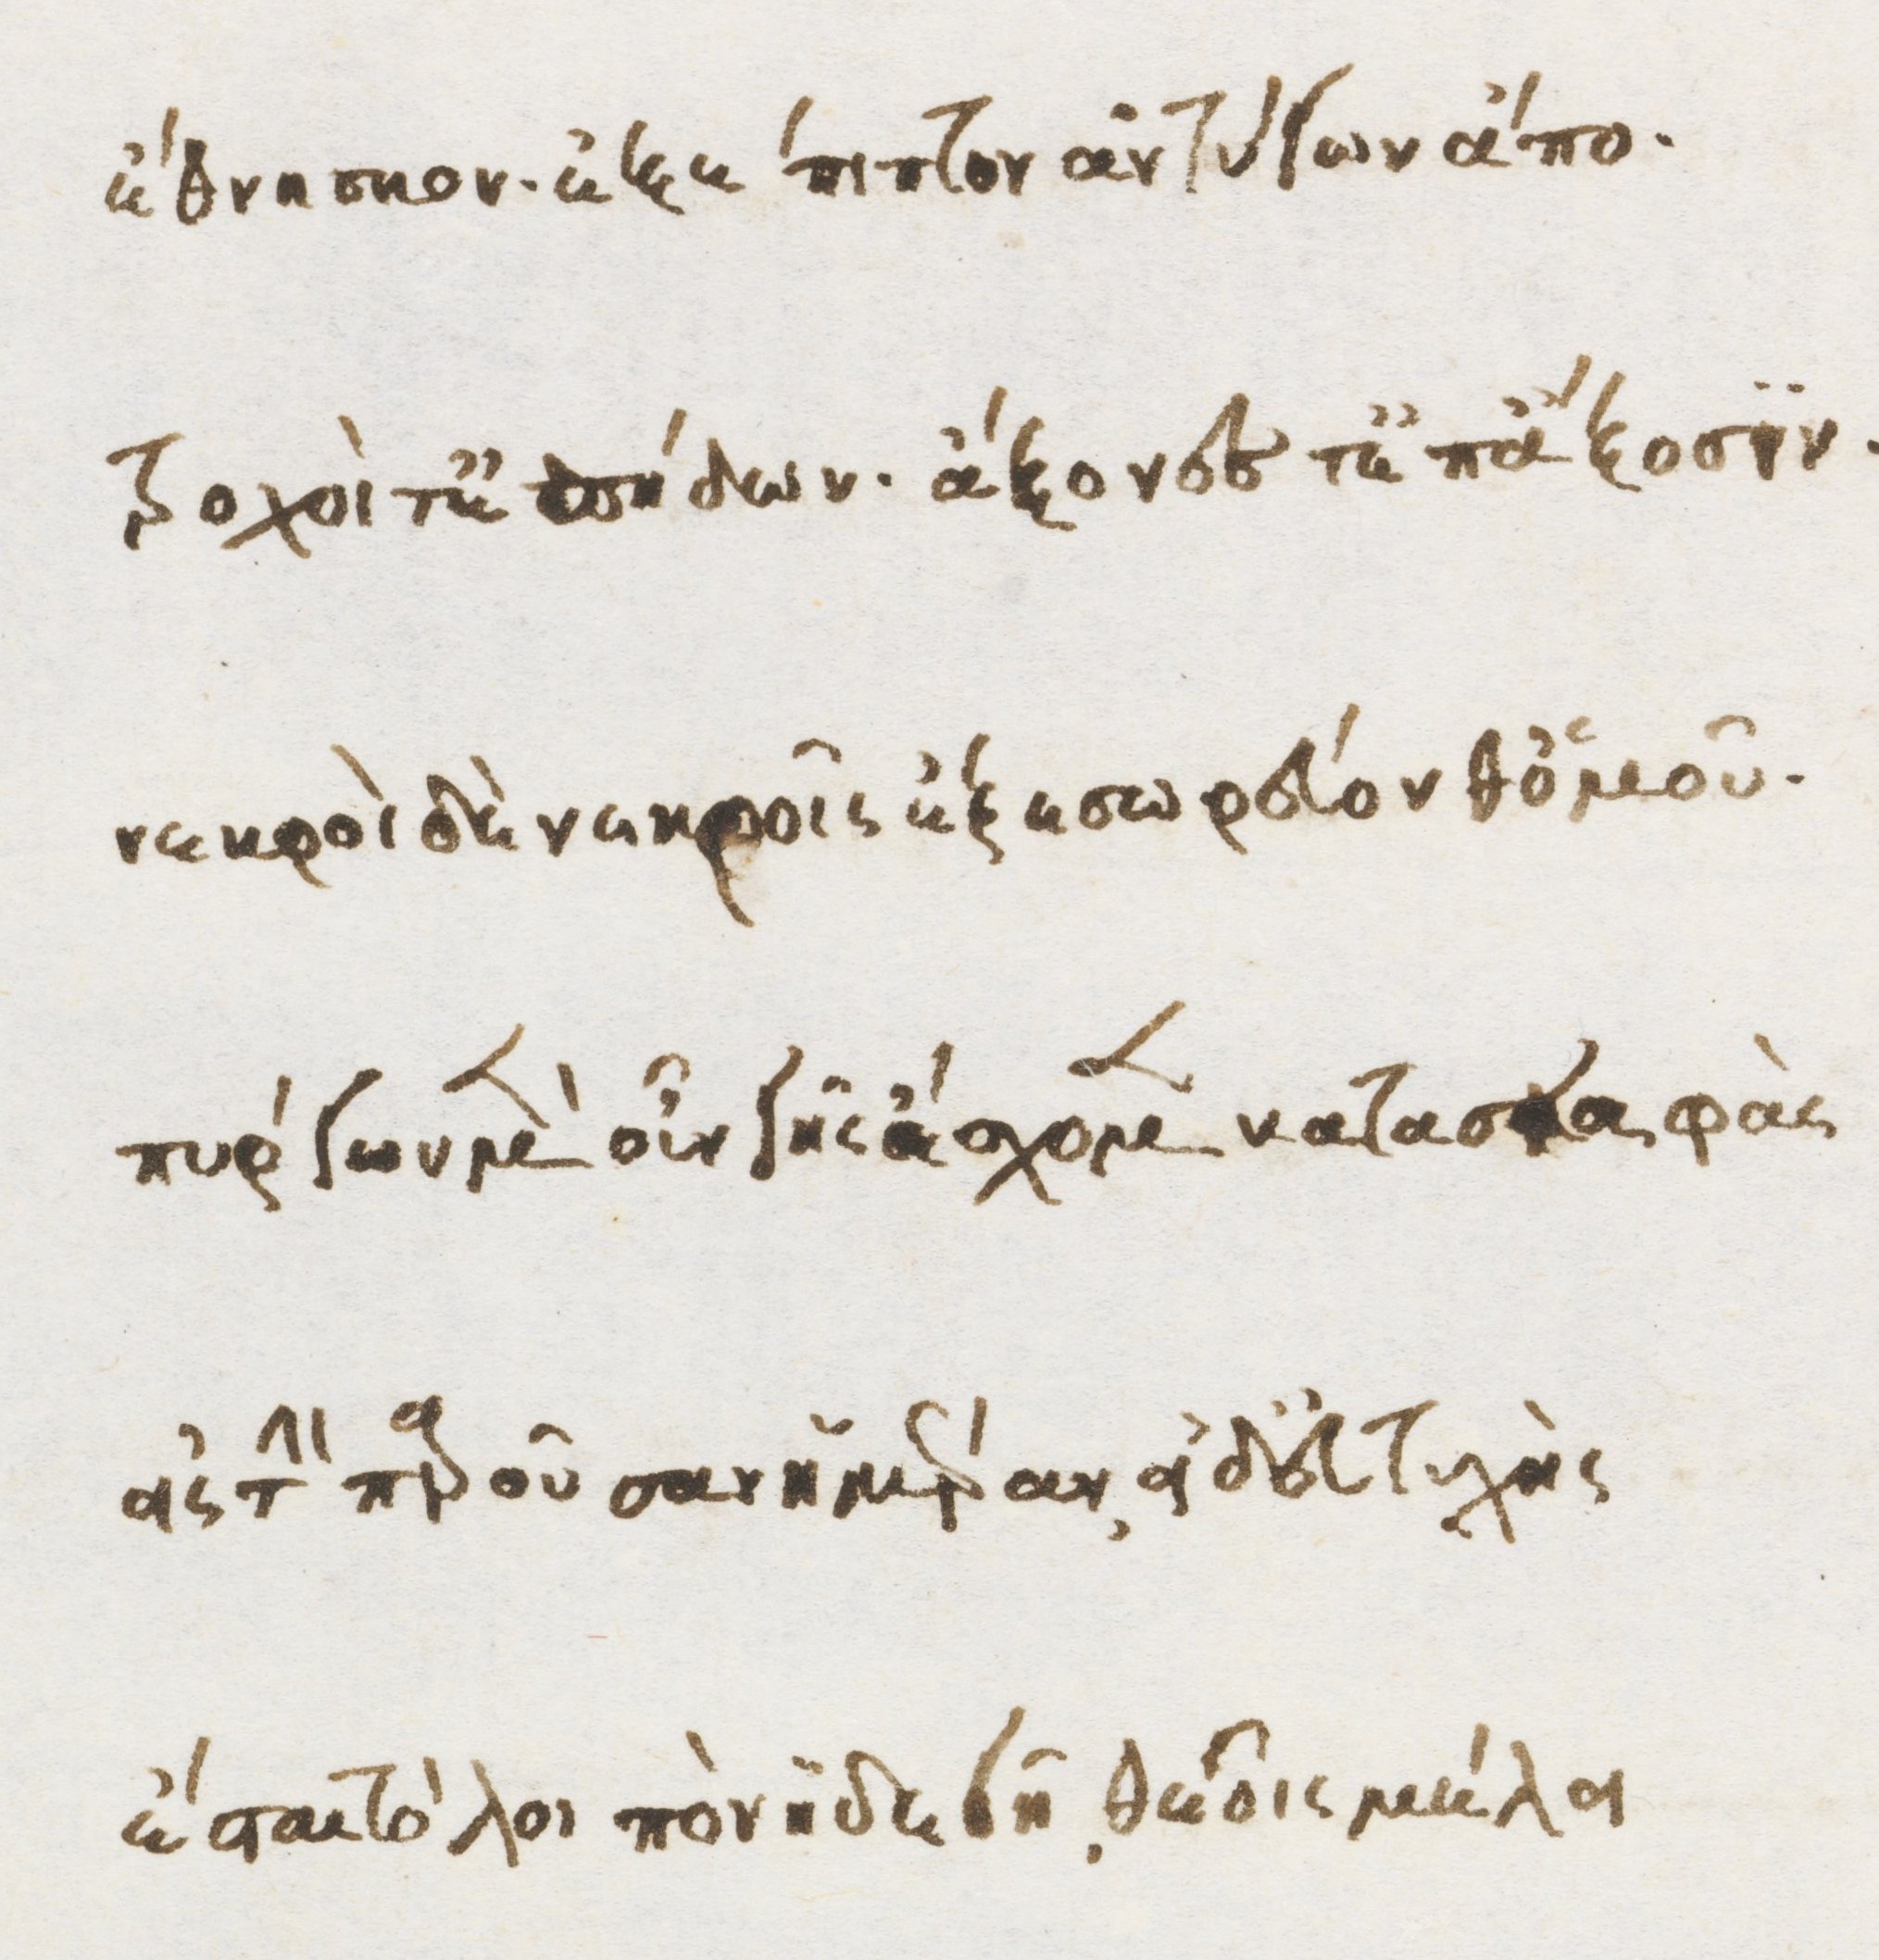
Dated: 1470–1499